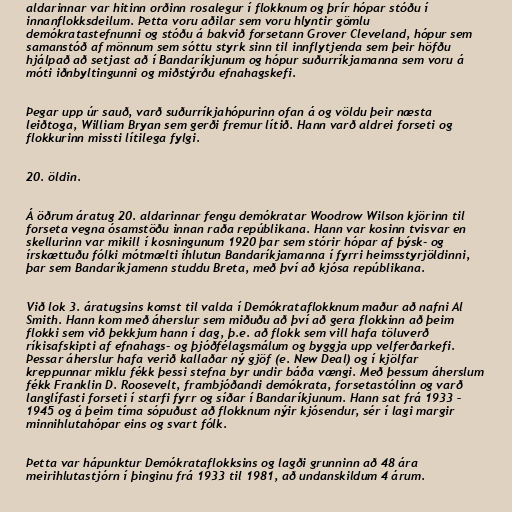
aldarinnar var hitinn orðinn rosalegur í flokknum og þrír hópar stóðu í
innanflokksdeilum. Þetta voru aðilar sem voru hlyntir gömlu
demókratastefnunni og stóðu á bakvið forsetann Grover Cleveland, hópur sem
samanstóð af mönnum sem sóttu styrk sinn til innflytjenda sem þeir höfðu
hjálpað að setjast að í Bandaríkjunum og hópur suðurríkjamanna sem voru á
móti iðnbyltingunni og miðstýrðu efnahagskefi.

Þegar upp úr sauð, varð suðurríkjahópurinn ofan á og völdu þeir næsta
leiðtoga, William Bryan sem gerði fremur lítið. Hann varð aldrei forseti og
flokkurinn missti lítilega fylgi.

20. öldin.

Á öðrum áratug 20. aldarinnar fengu demókratar Woodrow Wilson kjörinn til
forseta vegna ósamstöðu innan raða repúblikana. Hann var kosinn tvisvar en
skellurinn var mikill í kosningunum 1920 þar sem stórir hópar af þýsk- og
írskættuðu fólki mótmælti íhlutun Bandaríkjamanna í fyrri heimsstyrjöldinni,
þar sem Bandaríkjamenn studdu Breta, með því að kjósa repúblikana.

Við lok 3. áratugsins komst til valda í Demókrataflokknum maður að nafni Al
Smith. Hann kom með áherslur sem miðuðu að því að gera flokkinn að þeim
flokki sem við þekkjum hann í dag, þ.e. að flokk sem vill hafa töluverð
ríkisafskipti af efnahags- og þjóðfélagsmálum og byggja upp velferðarkefi.
Þessar áherslur hafa verið kallaðar ný gjöf (e. New Deal) og í kjölfar
kreppunnar miklu fékk þessi stefna byr undir báða vængi. Með þessum áherslum
fékk Franklin D. Roosevelt, frambjóðandi demókrata, forsetastólinn og varð
langlífasti forseti í starfi fyrr og síðar í Bandaríkjunum. Hann sat frá 1933 –
1945 og á þeim tíma sópuðust að flokknum nýir kjósendur, sér í lagi margir
minnihlutahópar eins og svart fólk.

Þetta var hápunktur Demókrataflokksins og lagði grunninn að 48 ára
meirihlutastjórn í þinginu frá 1933 til 1981, að undanskildum 4 árum.